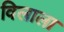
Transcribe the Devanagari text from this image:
विलाला